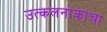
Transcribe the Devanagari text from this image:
उत्कलनांकांचा